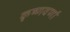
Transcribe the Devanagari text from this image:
कृष्णवर्णा